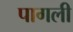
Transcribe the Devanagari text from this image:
पागली